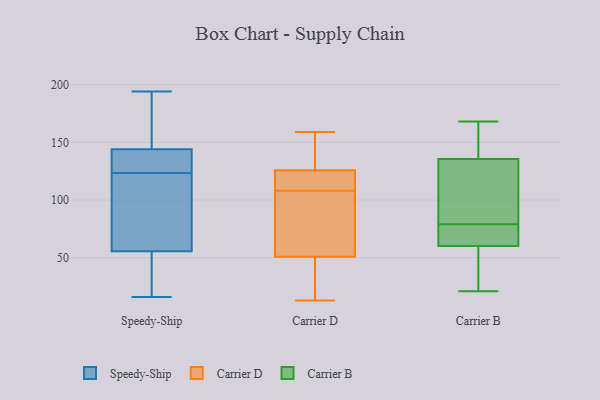
{"axis": {"x": "Waste Production (Tons)", "y": "Value"}, "legend": ["Carrier B", "Carrier D", "Speedy-Ship"], "data": [{"x": "", "y": 17, "type": "Speedy-Ship"}, {"x": "", "y": 145, "type": "Speedy-Ship"}, {"x": "", "y": 119, "type": "Speedy-Ship"}, {"x": "", "y": 21, "type": "Speedy-Ship"}, {"x": "", "y": 53, "type": "Speedy-Ship"}, {"x": "", "y": 118, "type": "Speedy-Ship"}, {"x": "", "y": 137, "type": "Speedy-Ship"}, {"x": "", "y": 71, "type": "Speedy-Ship"}, {"x": "", "y": 128, "type": "Speedy-Ship"}, {"x": "", "y": 16, "type": "Speedy-Ship"}, {"x": "", "y": 58, "type": "Speedy-Ship"}, {"x": "", "y": 133, "type": "Speedy-Ship"}, {"x": "", "y": 154, "type": "Speedy-Ship"}, {"x": "", "y": 194, "type": "Speedy-Ship"}, {"x": "", "y": 143, "type": "Speedy-Ship"}, {"x": "", "y": 173, "type": "Speedy-Ship"}, {"x": "", "y": 68, "type": "Carrier D"}, {"x": "", "y": 100, "type": "Carrier D"}, {"x": "", "y": 45, "type": "Carrier D"}, {"x": "", "y": 159, "type": "Carrier D"}, {"x": "", "y": 115, "type": "Carrier D"}, {"x": "", "y": 13, "type": "Carrier D"}, {"x": "", "y": 108, "type": "Carrier D"}, {"x": "", "y": 128, "type": "Carrier D"}, {"x": "", "y": 144, "type": "Carrier D"}, {"x": "", "y": 14, "type": "Carrier D"}, {"x": "", "y": 119, "type": "Carrier D"}, {"x": "", "y": 78, "type": "Carrier B"}, {"x": "", "y": 66, "type": "Carrier B"}, {"x": "", "y": 114, "type": "Carrier B"}, {"x": "", "y": 118, "type": "Carrier B"}, {"x": "", "y": 168, "type": "Carrier B"}, {"x": "", "y": 34, "type": "Carrier B"}, {"x": "", "y": 63, "type": "Carrier B"}, {"x": "", "y": 79, "type": "Carrier B"}, {"x": "", "y": 146, "type": "Carrier B"}, {"x": "", "y": 52, "type": "Carrier B"}, {"x": "", "y": 72, "type": "Carrier B"}, {"x": "", "y": 149, "type": "Carrier B"}, {"x": "", "y": 112, "type": "Carrier B"}, {"x": "", "y": 164, "type": "Carrier B"}, {"x": "", "y": 21, "type": "Carrier B"}, {"x": "", "y": 29, "type": "Carrier B"}, {"x": "", "y": 132, "type": "Carrier B"}]}